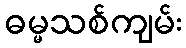
ဓမ္မသစ်ကျမ်း